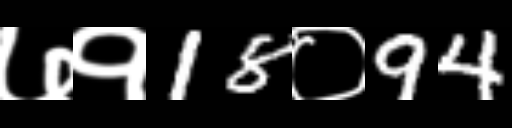
Text: ७१18०94